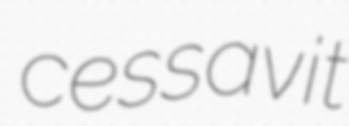
cessavit